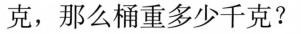
克，那么桶重多少千克?